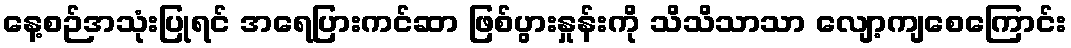
နေ့စဉ်အသုံးပြုရင် အရေပြားကင်ဆာ ဖြစ်ပွားနှုန်းကို သိသိသာသာ လျော့ကျစေကြောင်း